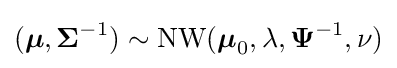
({\boldsymbol {\mu }},{\boldsymbol {\Sigma }}^{-1})\sim \mathrm {NW} ({\boldsymbol {\mu }}_{0},\lambda ,{\boldsymbol {\Psi }}^{-1},\nu )